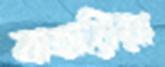
বাহারিয়া